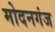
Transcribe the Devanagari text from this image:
मोदनगंज